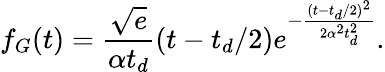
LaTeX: f_{G}(t)=\frac{\sqrt{e}}{\alpha t_{d}}(t-t_{d}/2)e^{-\frac{(t-t_{d}/2)^{2}}{2\alpha^{2}t_{d}^{2}}}.